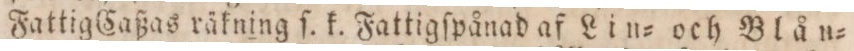
FattigCaßas räkning ſ. k. Fattigſpånad af Lin= och Blån=